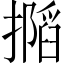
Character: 𢶽